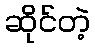
ဆိုင်တဲ့